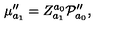
\mu _ { a _ { 1 } } ^ { \prime \prime } = Z _ { a _ { 1 } } ^ { a _ { 0 } } { \cal P } _ { a _ { 0 } } ^ { \prime \prime } ,